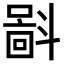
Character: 𪯮